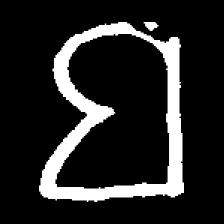
Pyu character \u2014 Myanmar letter: ဗ (romanized: ba)